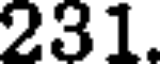
231.